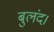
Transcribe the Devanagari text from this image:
बुलंद।